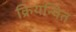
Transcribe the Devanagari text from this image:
क्रियन्वित